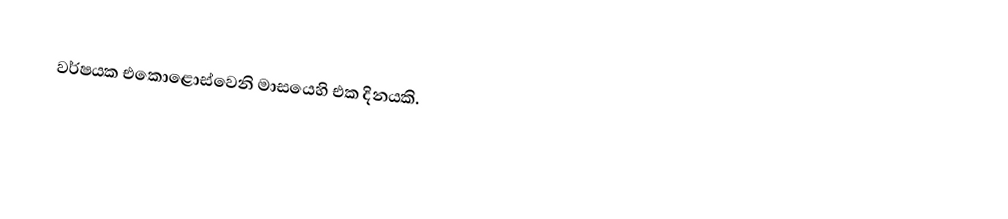
වර්ෂයක එකොළොස්වෙනි මාසයෙහි එක දිනයකි.